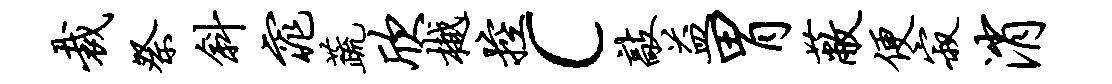
裁祭斜窕蔬欣樾控c敲益胃蔽便寂消